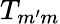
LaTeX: T_{m^{\prime}m}